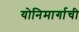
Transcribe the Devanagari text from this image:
योनिमार्गाची